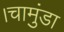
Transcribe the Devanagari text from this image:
।चामुंडा